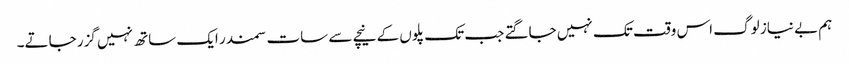
ہم بے نیاز لوگ اس وقت تک نہیں جاگتے جب تک پلوں کے نیچے سے سات سمندر ایک ساتھ نہیں گزر جاتے۔